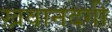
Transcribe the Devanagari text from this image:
ख़वानदगी